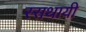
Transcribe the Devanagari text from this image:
स्सथायी